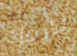
بإبعاد